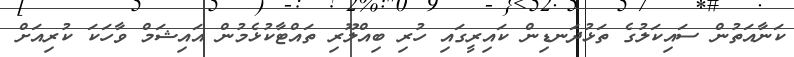
ކަނާއަތުން ސައިކަލުގެ ތަޅުދަނޑިން ކައިރީގައި ހުރި ބިއްލޫރި ތައްޓާކުޅެމުން އައިޝަމް ވާހަކަ ކުރިއަށް